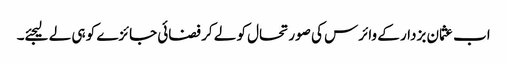
اب عثمان بزدار کے وائرس کی صورتحال کو لے کر فضائی جائزے کو ہی لے لیجئے۔